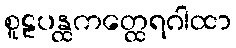
စူဠပန္ထကတ္ထေရဂါထာ